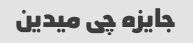
جایزه چی میدین